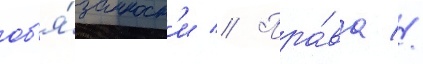
об'я́занност'и // Пра́ва //